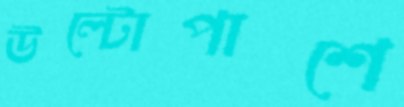
উল্টোপাশে